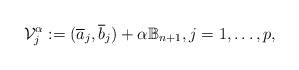
LaTeX: \begin{align*}\mathcal{V}_{j}^{\alpha }:=(\overline{a}_{j},\overline{b}_{j})+\alpha\mathbb{B}_{n+1},j=1,\ldots ,p, \end{align*}